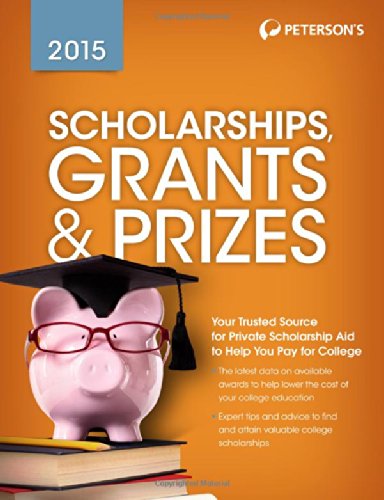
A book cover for Scholarships, Grants & Prizes 2015 (Peterson's Scholarships, Grants & Prizes); Peterson's; Business & Money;